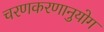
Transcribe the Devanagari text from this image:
चरणकरणानुयोग